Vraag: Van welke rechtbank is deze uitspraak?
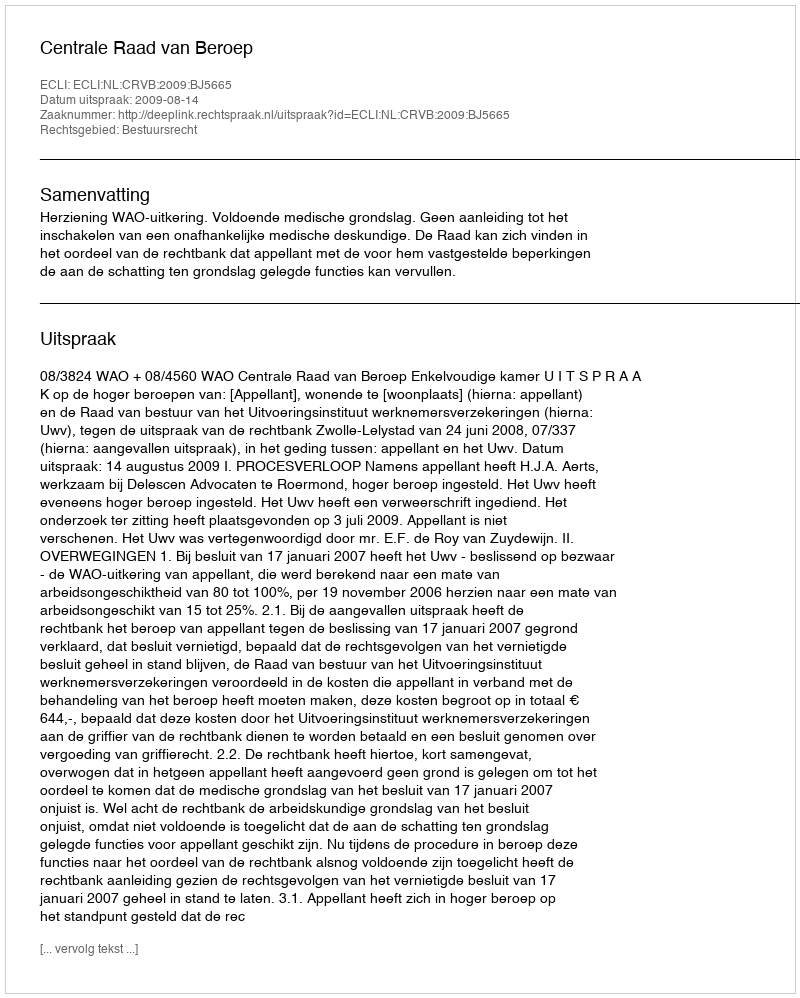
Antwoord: Centrale Raad van Beroep